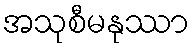
အသုစီမနုဿာ